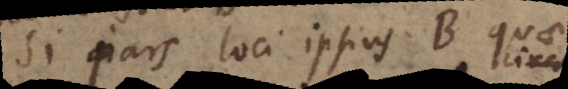
Si pars loci ipsius B quae